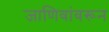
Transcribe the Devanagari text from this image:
जाणिवांवरून